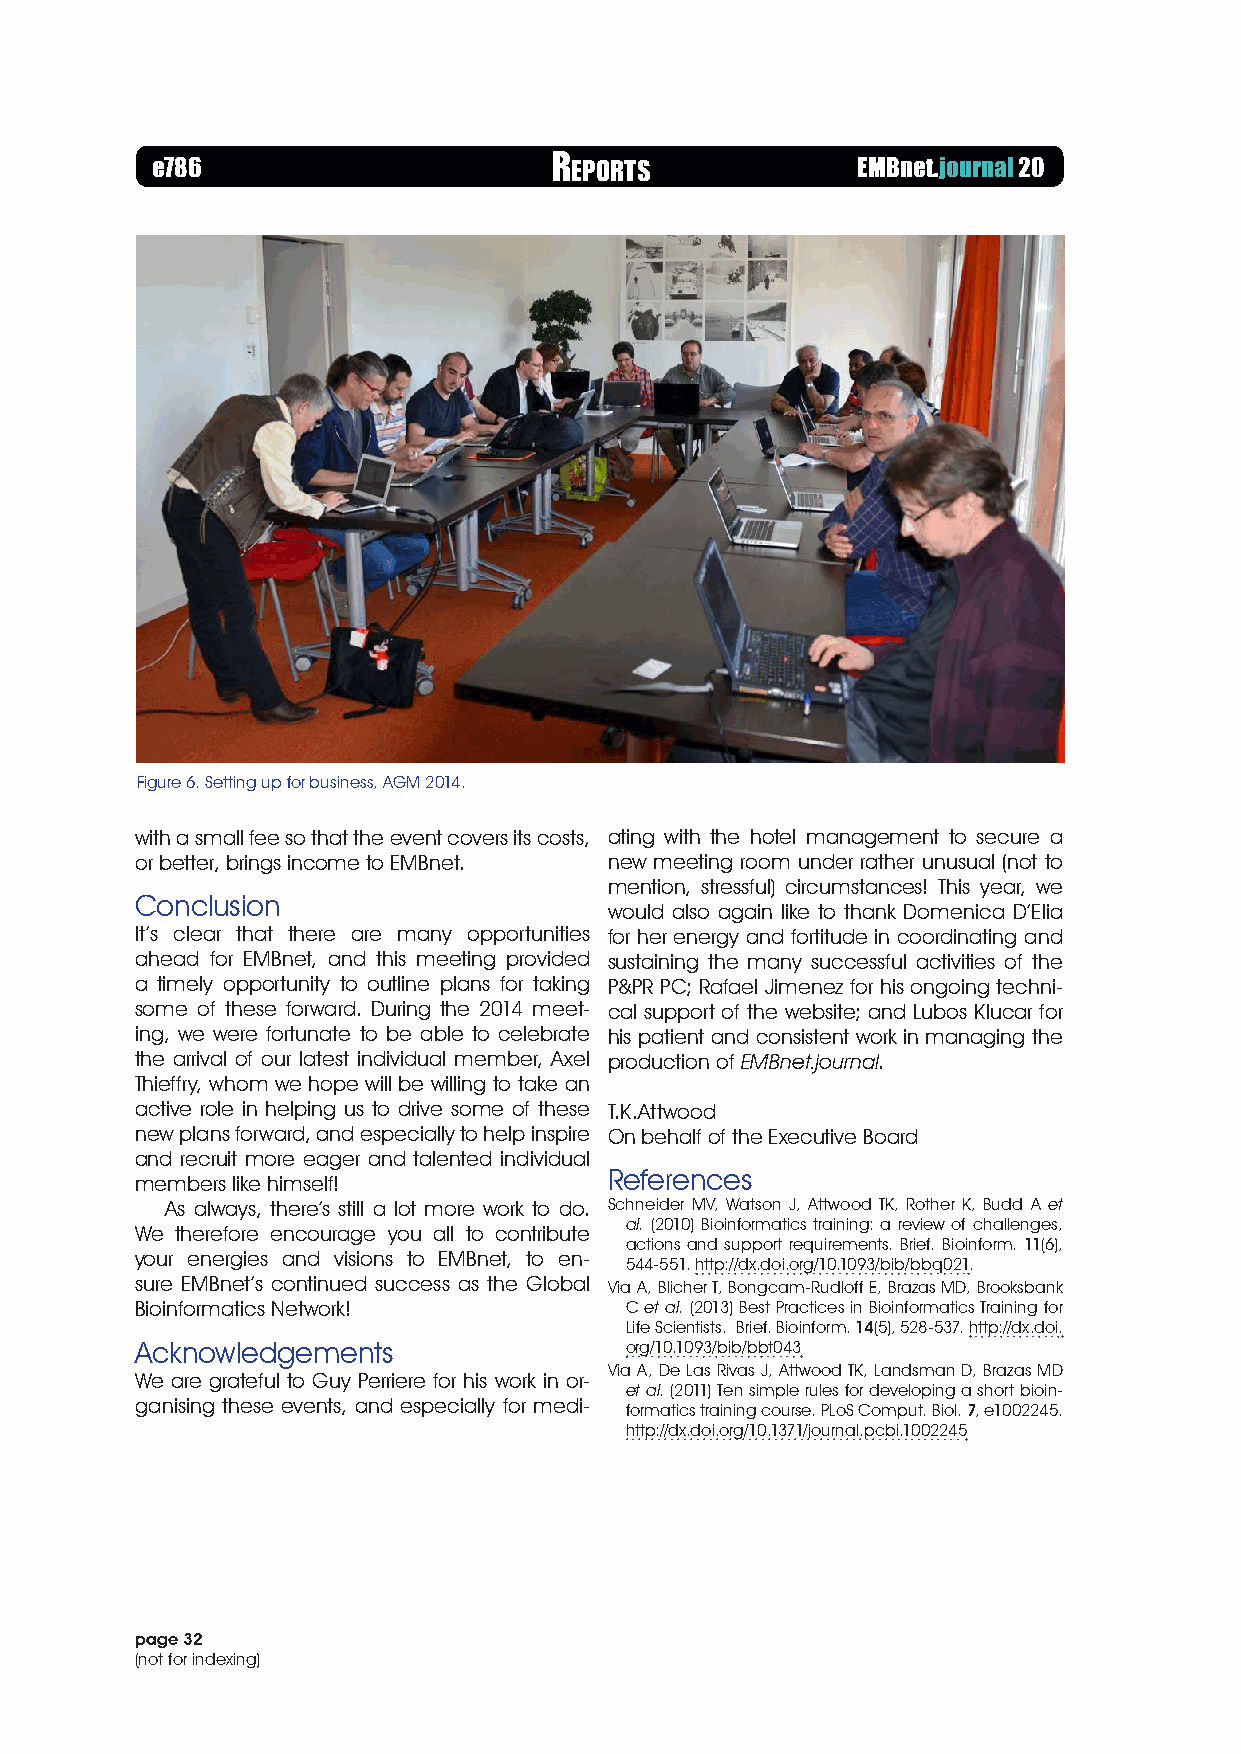
e786                      r Eports             EMBnet.journal 20
 Figure 6. Setting up for business, AGM 2014.
 with a small fee so that the event covers its costs, ating with the hotel management to secure a
 or better, brings income to EMBnet. new meeting room under rather unusual (not to
 mention, stressful) circumstances! This year, we
 Conclusion
 would also again like to thank Domenica D’Elia
 It’s clear that there are many opportunities for her energy and fortitude in coordinating and
 ahead for EMBnet, and this meeting provided sustaining the many successful activities of the
 a timely opportunity to outline plans for taking P&PR PC; Rafael Jimenez for his ongoing techni-
 some of these forward. During the 2014 meet- cal support of the website; and Lubos Klucar for
 ing, we were fortunate to be able to celebrate his patient and consistent work in managing the
 the arrival of our latest individual member, Axel production of EMBnet.journal.
 Thieffry, whom we hope will be willing to take an
 active role in helping us to drive some of these T.K.Attwood
 new plans forward, and especially to help inspire On behalf of the Executive Board
 and recruit more eager and talented individual
 References
 members like himself!
 As always, there’s still a lot more work to do. Schneider MV, Watson J, Attwood TK, Rother K, Budd A et
 al. (2010) Bioinformatics training: a review of challenges,
 We therefore encourage you all to contribute
 actions and support requirements. Brief. Bioinform. 11(6),
 your energies and visions to EMBnet, to en-
 544-551. http://dx.doi.org/10.1093/bib/bbq021.
 sure EMBnet’s continued success as the Global Via A, Blicher T, Bongcam-Rudloff E, Brazas MD, Brooksbank
 Bioinformatics Network!         C et al. (2013) Best Practices in Bioinformatics Training for
 Life Scientists. Brief. Bioinform. 14(5), 528-537. http://dx.doi.
 Acknowledgements                org/10.1093/bib/bbt043
 Via A, De Las Rivas J, Attwood TK, Landsman D, Brazas MD
 We are grateful to Guy Perriere for his work in or-
 et al. (2011) Ten simple rules for developing a short bioin-
 ganising these events, and especially for medi-
 formatics training course. PLoS Comput. Biol. 7, e1002245.
 http://dx.doi.org/10.1371/journal.pcbi.1002245
 page 32
 (not for indexing)